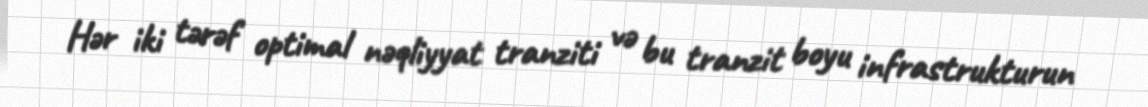
Hər iki tərəf optimal nəqliyyat tranziti və bu tranzit boyu infrastrukturun